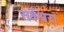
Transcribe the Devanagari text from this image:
सर्वेश्वरा